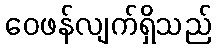
ဝေဖန်လျက်ရှိသည်